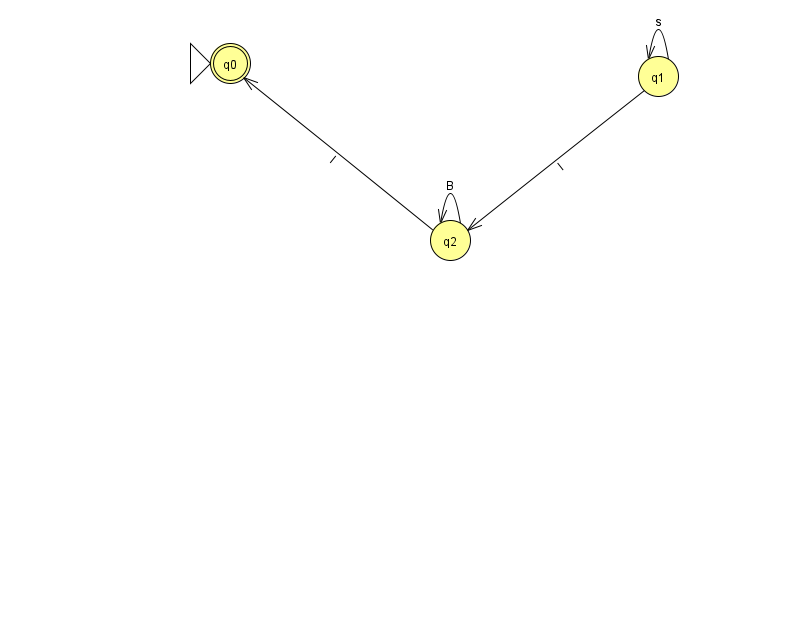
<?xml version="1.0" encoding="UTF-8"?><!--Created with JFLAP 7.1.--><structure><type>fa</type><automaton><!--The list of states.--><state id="0" name="q0"><x>230.0</x><y>50.0</y><initial/><final/></state><state id="1" name="q1"><x>658.0</x><y>63.0</y></state><state id="2" name="q2"><x>450.0</x><y>227.0</y></state><!--The list of transitions.--><transition><from>2</from><to>2</to><read>B</read></transition><transition><from>1</from><to>1</to><read>s</read></transition><transition><from>2</from><to>0</to><read>l</read></transition><transition><from>1</from><to>2</to><read>I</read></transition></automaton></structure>